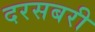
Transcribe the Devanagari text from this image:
दरसबरी